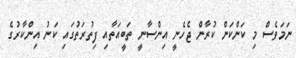
ނަމަވެސް މި ކަންކަން ކުރާން ޖެހެނީ އިންސާނީ ތަބީއަތާއި ފިތުރަތުގައި ކަނު އިންކާރުގެ